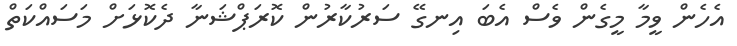
އެހެން ވީމާ މީގެން ވެސް އެބަ އިނގޭ ސަރުކާރުން ކޮރަޕްޝަނާ ދެކޮޅަށް މަސައްކަތް